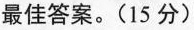
最佳答案。(15 分)